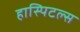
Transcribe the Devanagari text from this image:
हास्पिटल्स